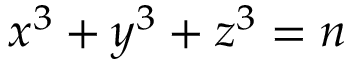
x ^ { 3 } + y ^ { 3 } + z ^ { 3 } = n